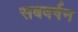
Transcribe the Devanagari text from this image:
सबवर्षन